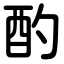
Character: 酌